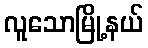
လူသောမြို့နယ်